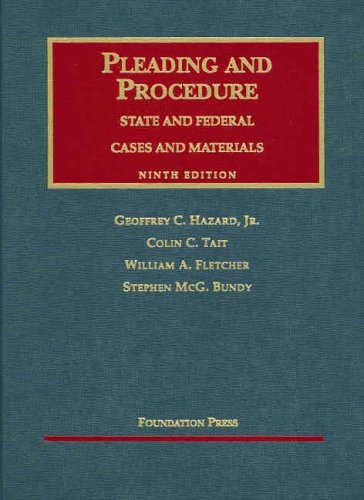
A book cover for Pleading and Procedure: State and Federal Cases and Materials, Ninth Edition; Geoffrey C. Hazard Jr.; Law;